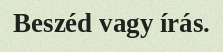
Beszéd vagy írás.